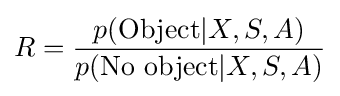
R={\frac {p({\mbox{Object}}|X,S,A)}{p({\mbox{No object}}|X,S,A)}}